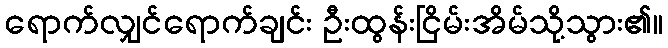
ရောက်လျှင်ရောက်ချင်း ဦးထွန်းငြိမ်းအိမ်သို့သွား၏။